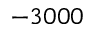
- 3 0 0 0